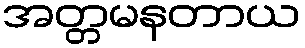
အတ္တမနတာယ